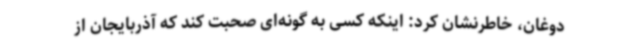
دوغان، خاطرنشان کرد: اینکه کسی به گونه‌ای صحبت کند که آذربایجان از